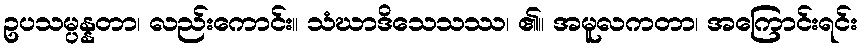
ဥပသမ္ပန္နတာ၊ လည်းကောင်း။ သံဃာဒိသေသဿ၊ ၏။ အမူလကတာ၊ အကြောင်းရင်း